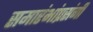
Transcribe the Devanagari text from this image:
समारंभांप्रसंगी